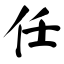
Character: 任